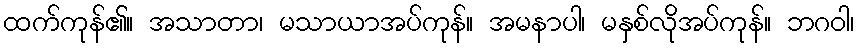
ထက်ကုန်၏။ အသာတာ၊ မသာယာအပ်ကုန်။ အမနာပါ၊ မနှစ်လိုအပ်ကုန်။ ဘဂဝါ၊